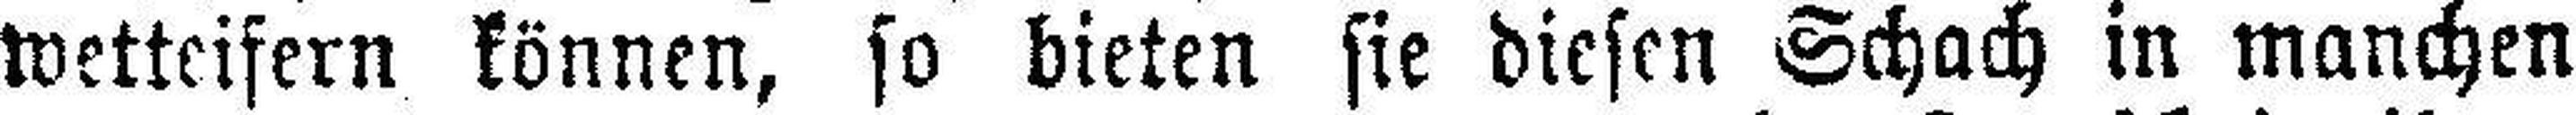
wetteifern können, so bieten sie diesen Schach in manchen